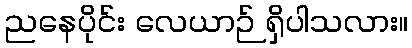
ညနေပိုင်း လေယာဉ် ရှိပါသလား။